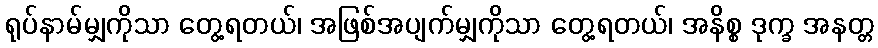
ရုပ်နာမ်မျှကိုသာ တွေ့ရတယ်၊ အဖြစ်အပျက်မျှကိုသာ တွေ့ရတယ်၊ အနိစ္စ ဒုက္ခ အနတ္တ